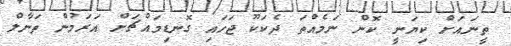
ތީނައަށް ކިޔަނީ ކޮން ނަމެއްތަ ދެކަކޫ ޖަހައި ގޮނޑިމައްޗަށް އަރަމުން ތަނާލް